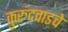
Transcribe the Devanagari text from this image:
कुरुंदवाडचे